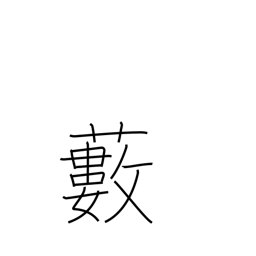
Meaning: grove